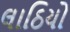
લાઠિયો